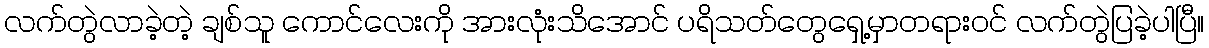
လက်တွဲလာခဲ့တဲ့ ချစ်သူ ကောင်လေးကို အားလုံးသိအောင် ပရိသတ်တွေရှေ့မှာတရားဝင် လက်တွဲပြခဲ့ပါပြီ။